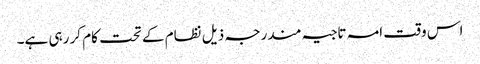
اس وقت امہ تاجیہ مندرجہ ذیل نظام کے تحت کام کر رہی ہے۔